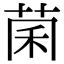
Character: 𫈂